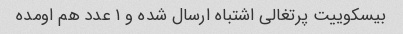
بیسکوییت پرتغالی اشتباه ارسال شده و ۱ عدد هم اومده